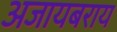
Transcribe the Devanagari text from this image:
अजायबराय